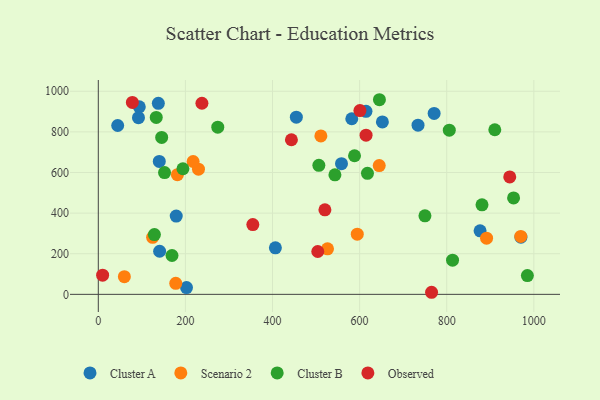
{"axis": {"x": "Investment", "y": "Yield"}, "legend": ["Cluster A", "Cluster B", "Observed", "Scenario 2"], "data": [{"x": "137.8", "y": 940.7, "type": "Cluster A"}, {"x": "614.6", "y": 901.1, "type": "Cluster A"}, {"x": "140.0", "y": 654.5, "type": "Cluster A"}, {"x": "44.5", "y": 831.4, "type": "Cluster A"}, {"x": "652.3", "y": 849.2, "type": "Cluster A"}, {"x": "582.0", "y": 864.6, "type": "Cluster A"}, {"x": "734.1", "y": 833.3, "type": "Cluster A"}, {"x": "202.5", "y": 33.2, "type": "Cluster A"}, {"x": "94.1", "y": 923.6, "type": "Cluster A"}, {"x": "558.4", "y": 643.3, "type": "Cluster A"}, {"x": "406.6", "y": 229.1, "type": "Cluster A"}, {"x": "876.6", "y": 312.8, "type": "Cluster A"}, {"x": "454.7", "y": 872.7, "type": "Cluster A"}, {"x": "771.1", "y": 891.1, "type": "Cluster A"}, {"x": "92.2", "y": 870.0, "type": "Cluster A"}, {"x": "140.8", "y": 212.3, "type": "Cluster A"}, {"x": "970.4", "y": 281.4, "type": "Cluster A"}, {"x": "178.9", "y": 385.3, "type": "Cluster A"}, {"x": "177.8", "y": 54.3, "type": "Scenario 2"}, {"x": "230.0", "y": 616.5, "type": "Scenario 2"}, {"x": "645.0", "y": 634.1, "type": "Scenario 2"}, {"x": "891.5", "y": 276.6, "type": "Scenario 2"}, {"x": "594.6", "y": 296.5, "type": "Scenario 2"}, {"x": "511.0", "y": 779.9, "type": "Scenario 2"}, {"x": "217.7", "y": 654.2, "type": "Scenario 2"}, {"x": "59.8", "y": 86.9, "type": "Scenario 2"}, {"x": "124.7", "y": 280.7, "type": "Scenario 2"}, {"x": "181.6", "y": 589.2, "type": "Scenario 2"}, {"x": "526.3", "y": 224.0, "type": "Scenario 2"}, {"x": "970.0", "y": 285.4, "type": "Scenario 2"}, {"x": "128.8", "y": 294.2, "type": "Cluster B"}, {"x": "194.3", "y": 618.4, "type": "Cluster B"}, {"x": "588.3", "y": 682.5, "type": "Cluster B"}, {"x": "169.2", "y": 191.4, "type": "Cluster B"}, {"x": "618.0", "y": 595.8, "type": "Cluster B"}, {"x": "953.5", "y": 474.7, "type": "Cluster B"}, {"x": "750.0", "y": 386.6, "type": "Cluster B"}, {"x": "133.0", "y": 871.0, "type": "Cluster B"}, {"x": "274.3", "y": 823.4, "type": "Cluster B"}, {"x": "645.5", "y": 958.4, "type": "Cluster B"}, {"x": "805.9", "y": 808.4, "type": "Cluster B"}, {"x": "985.2", "y": 92.3, "type": "Cluster B"}, {"x": "506.4", "y": 635.4, "type": "Cluster B"}, {"x": "145.5", "y": 772.9, "type": "Cluster B"}, {"x": "881.0", "y": 440.7, "type": "Cluster B"}, {"x": "910.4", "y": 810.5, "type": "Cluster B"}, {"x": "543.3", "y": 588.5, "type": "Cluster B"}, {"x": "813.4", "y": 168.5, "type": "Cluster B"}, {"x": "152.1", "y": 599.7, "type": "Cluster B"}, {"x": "503.9", "y": 211.1, "type": "Observed"}, {"x": "78.2", "y": 945.2, "type": "Observed"}, {"x": "237.9", "y": 941.0, "type": "Observed"}, {"x": "443.4", "y": 761.4, "type": "Observed"}, {"x": "614.8", "y": 783.7, "type": "Observed"}, {"x": "765.2", "y": 10.2, "type": "Observed"}, {"x": "520.3", "y": 416.2, "type": "Observed"}, {"x": "9.9", "y": 94.3, "type": "Observed"}, {"x": "600.7", "y": 904.8, "type": "Observed"}, {"x": "944.7", "y": 578.2, "type": "Observed"}, {"x": "354.8", "y": 343.6, "type": "Observed"}]}